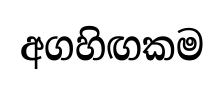
අගහිඟකම